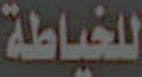
للخياطة